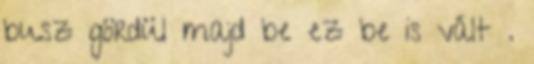
busz gördül majd be ez be is vált .